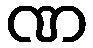
ဏ